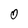
Character: 0